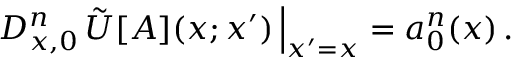
\left. D _ { x , 0 } ^ { n } \, \tilde { U } [ A ] ( x ; x ^ { \prime } ) \, \right\vert _ { x ^ { \prime } = x } = a _ { 0 } ^ { n } ( x ) \, .